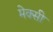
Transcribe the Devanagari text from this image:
मेक्सी